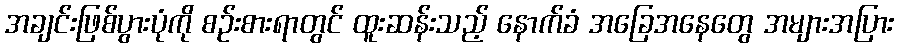
အချင်းဖြစ်ပွားပုံကို စဉ်းစားရာတွင် ထူးဆန်းသည့် နောက်ခံ အခြေအနေတွေ အများအပြား